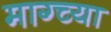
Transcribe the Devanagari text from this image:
माग्च्या